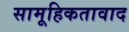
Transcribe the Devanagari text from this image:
सामूहिकतावाद